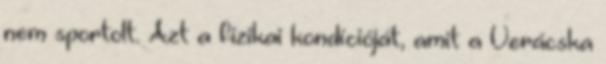
nem sportolt. Azt a fizikai kondícióját, amit a Verácska